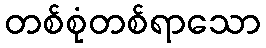
တစ်စုံတစ်ရာသော